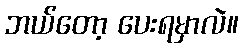
ဘယ်တော့ ပေးရမှာလဲ။